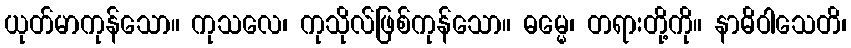
ယုတ်မာကုန်သော။ ကုသလေ၊ ကုသိုလ်ဖြစ်ကုန်သော။ ဓမ္မေ၊ တရားတို့ကို။ နာဓိဝါသေတိ၊